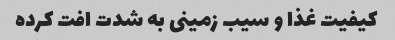
کیفیت غذا و سیب زمینی به شدت افت کرده